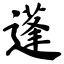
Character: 蓬